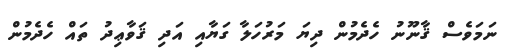
ނަމަވެސް ޤާނޫނު ހެދެމުން ދިޔަ މަރުހަލާ ގަޔާއި އަދި ޤަވާޢިދު ތައް ހެދެމުން